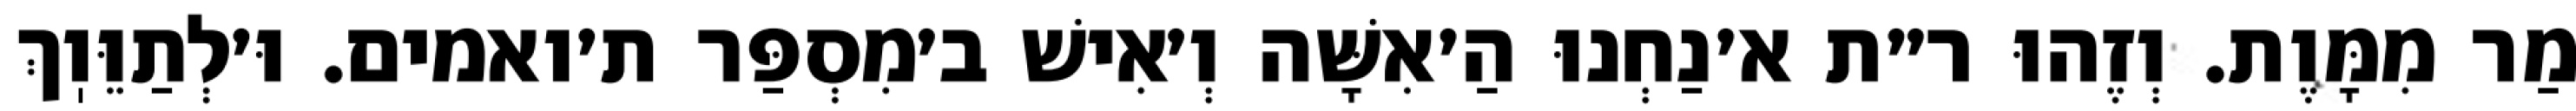
מַר מִמָּוֶת. וְזֶהוּ ר״ת א׳נַחְנוּ הַ׳אִשָּׁה וְ׳אִישׁ ב׳מִסְפַּר ת׳ואמים. וּ׳לְתַוֵּוֽךְ